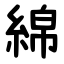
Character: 綿